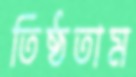
তিষ্ঠতাম